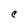
Character: C